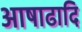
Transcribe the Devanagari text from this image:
आषाढादि